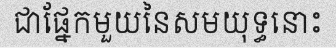
ជាផ្នែកមួយនៃសមយុទ្ធនោះ